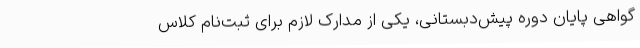
گواهی پایان دوره پیش‌دبستانی، یکی از مدارک لازم برای ثبت‌نام کلاس